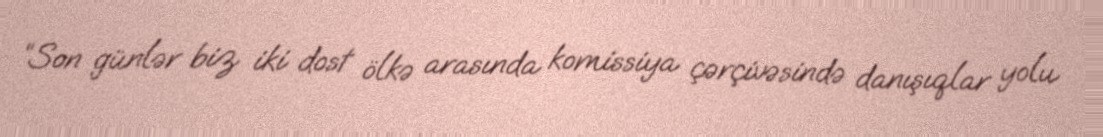
“Son günlər biz iki dost ölkə arasında komissiya çərçivəsində danışıqlar yolu